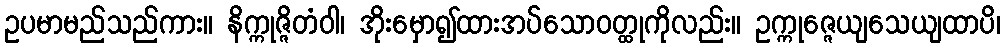
ဥပမာမည်သည်ကား။ နိက္ကုဇ္ဇိတံဝါ၊ အိုးမှော၍ထားအပ်သောဝတ္ထုကိုလည်း။ ဥက္ကုဇ္ဇေယျသေယျထာပိ၊